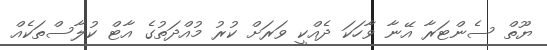
ޔޫތް ސެންޓަރާ އޭނާ ވާހަކަ ދެއްކީ ވަރަށް ކުރު މުއްދަތުގެ އާޓް ކުލާސްތަކެއް